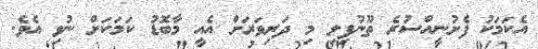
އެކަމަކު ފެށުނީއްސުރެ ތޫނުފިލި މި ދަރިވަރަށް އެއީ މާބޮޑު ކަމަކަށް ނުވި އެވެ.